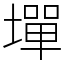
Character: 墠